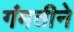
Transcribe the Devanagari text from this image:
गंमतीने